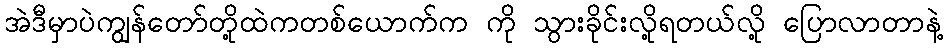
အဲဒီမှာပဲကျွန်တော်တို့ထဲကတစ်ယောက်က ကို သွားခိုင်းလို့ရတယ်လို့ ပြောလာတာနဲ့